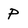
Character: P